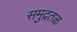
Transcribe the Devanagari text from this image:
समुद्रतळ